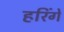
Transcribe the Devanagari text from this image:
हरिंगे